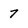
Character: 7